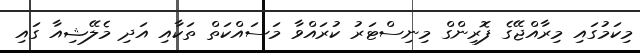
މިކަމުގައި މިރާއްޖޭގެ ފޮރިންގް މިނިސްޓަރު ކުރައްވާ މަަސައްކަތް ތަކާއި އަދި މެލޭޝިއާ ގައި